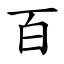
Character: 百